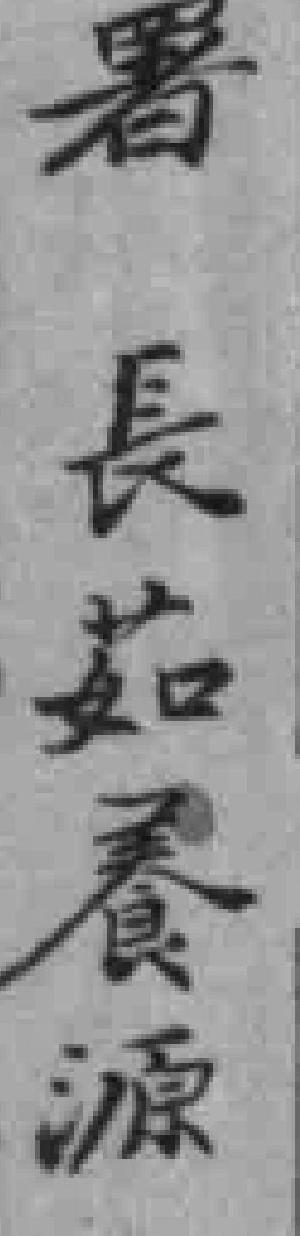
暑長茹養源